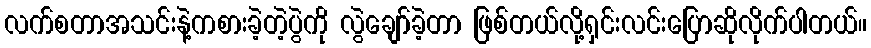
လက်စတာအသင်းနဲ့ကစားခဲ့တဲ့ပွဲကို လွဲချော်ခဲ့တာ ဖြစ်တယ်လို့ရှင်းလင်းပြောဆိုလိုက်ပါတယ်။